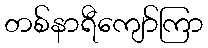
တစ်နာရီကျော်ကြာ